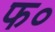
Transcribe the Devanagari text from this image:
फ०